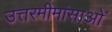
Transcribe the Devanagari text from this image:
उत्तरमीमांसाओं